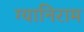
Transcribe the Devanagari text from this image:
ग्यानिराम